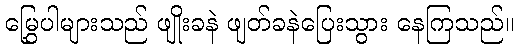
မြွှေပါများသည် ဖျိုးခနဲ ဖျတ်ခနဲပြေးသွား နေကြသည်။